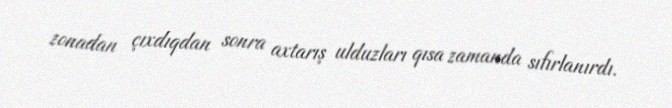
zonadan çıxdıqdan sonra axtarış ulduzları qısa zamanda sıfırlanırdı.